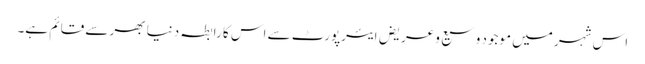
اس شہر میں موجود وسیع و عریض ایئرپورٹ سے اس کا رابطہ دنیا بھر سے قائم ہے۔